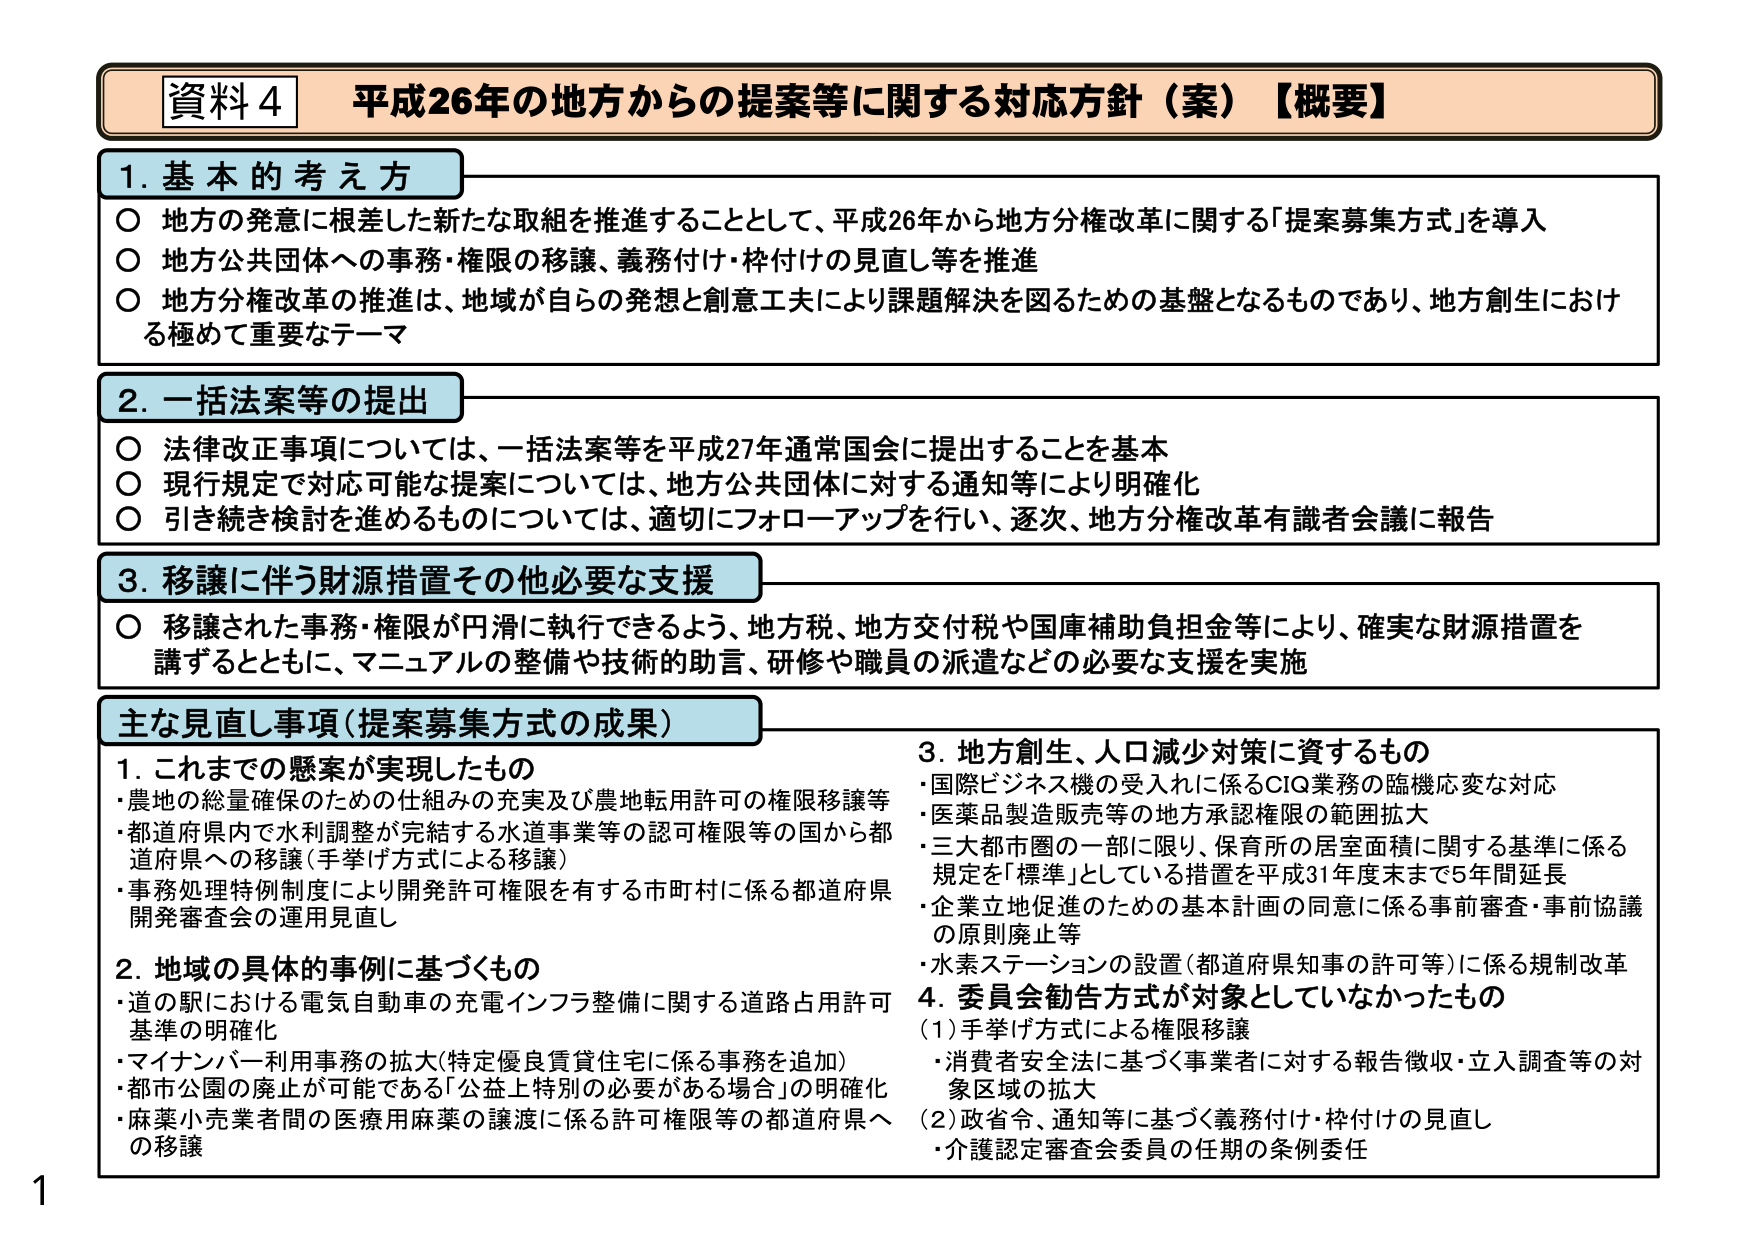
資料4 平成26年の地方からの提案等に関する対応方針（案）【概要】

1. 基本的考え方
○ 地方の発意に根差した新たな取組を推進することとして、平成26年から地方分権改革に関する「提案募集方式」を導入
○ 地方公共団体への事務・権限の移譲、義務付け・枠付けの見直し等を推進
○ 地方分権改革の推進は、地域が自らの発想と創意工夫により課題解決を図るための基盤となるものであり、地方創生における極めて重要なテーマ

2. 一括法案等の提出
○ 法律改正事項については、一括法案等を平成27年通常国会に提出することを基本
○ 現行規定で対応可能な提案については、地方公共団体に対する通知等により明確化
○ 引き続き検討を進めるものについては、適切にフォローアップを行い、逐次、地方分権改革有識者会議に報告

3. 移譲に伴う財源措置その他必要な支援
○ 移譲された事務・権限が円滑に執行できるよう、地方税、地方交付税や国庫補助負担金等により、確実な財源措置を講ずるとともに、マニュアルの整備や技術的助言、研修や職員の派遣などの必要な支援を実施

主な見直し事項（提案募集方式の成果）

1. これまでの懸案が実現したもの
・農地の総量確保のための仕組みの充実及び農地転用許可の権限移譲等
・都道府県内で水利調整が完結する水道事業等の認可権限等の国から都道府県への移譲（手挙げ方式による移譲）
・事務処理特例制度により開発許可権限を有する市町村に係る都道府県開発審査会の運用見直し

2. 地域の具体的事例に基づくもの
・道の駅における電気自動車の充電インフラ整備に関する道路占用許可基準の明確化
・マイナンバー利用事務の拡大（特定優良賃貸住宅に係る事務を追加）
・都市公園の廃止が可能である「公益上特別の必要がある場合」の明確化
・麻薬小売業者間の医療用麻薬の譲渡に係る許可権限等の都道府県への移譲

3. 地方創生、人口減少対策に資するもの
・国際ビジネス機の受入れに係るCIQ業務の臨機応変な対応
・医薬品製造販売等の地方承認権限の範囲拡大
・三大都市圏の一部に限り、保育所の居室面積に関する基準に係る規定を「標準」としている措置を平成31年度末まで5年間延長
・企業立地促進のための基本計画の同意に係る事前審査・事前協議の原則廃止等
・水素ステーションの設置（都道府県知事の許可等）に係る規制改革

4. 委員会勧告方式が対象としていなかったもの
（1）手挙げ方式による権限移譲
・消費者安全法に基づく事業者に対する報告徴収・立入調査等の対象区域の拡大
（2）政省令、通知等に基づく義務付け・枠付けの見直し
・介護認定審査会委員の任期の条例委任

1